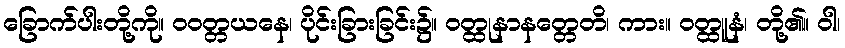
ခြောက်ပါးတို့ကို။ ဝဝတ္တယနေ၊ ပိုင်းခြားခြင်း၌။ ဝတ္ထုနာနတ္တေတိ၊ ကား။ ဝတ္ထူနံ၊ တို့၏။ ဝါ၊